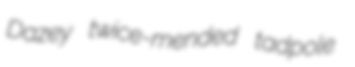
Dazey twice-mended tadpole